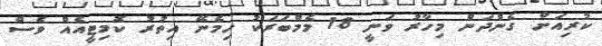
ކުރިއަށް ގެންދަން މިހާރު ވަނީ 18 މެމްބަރަކު ހިމެނޭ އިތުރު ކޮމިޓީއެއް ވެސް